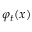
\varphi _ { t } ( x )